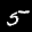
Label: 5